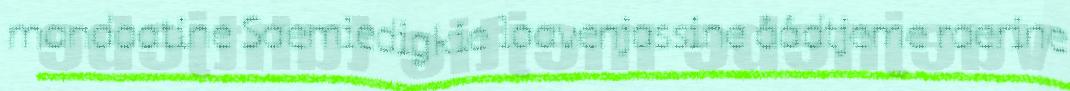
mandaatine Saemiedigkie laavenjassine åådtjeme raerine